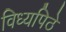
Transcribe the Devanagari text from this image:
विध्यपिठे